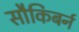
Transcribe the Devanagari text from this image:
सौकिबर्न